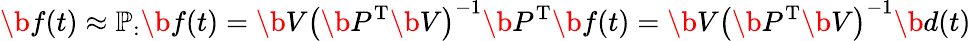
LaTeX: \b{f}(t)\approx\mathbb{P}_{:}\b{f}(t)=\b{V}\left(\b{P}^{\mathrm{T}}\b{V}\right)^{-1}\b{P}^{\mathrm{T}}\b{f}(t)=\b{V}\left(\b{P}^{\mathrm{T}}\b{V}\right)^{-1}\b{d}(t)